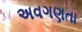
અવગણતા